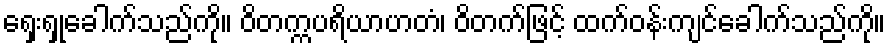
ရှေးရှုခေါက်သည်ကို။ ဝိတက္ကပရိယာဟတံ၊ ဝိတက်ဖြင့် ထက်ဝန်းကျင်ခေါက်သည်ကို။